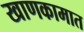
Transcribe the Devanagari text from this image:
खाणकामात